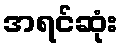
အရင်ဆုံး